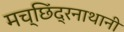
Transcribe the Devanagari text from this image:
मच्छिंद्रनाथानी